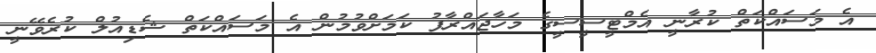
އެ މަސައްކަތް ކުރާނީ އެމްޓީސީސީގެ މަހާޖައްރާފު ކަމަށްވުމުން އެ މަސައްކަތް ޝެޑިއުލް ކުރެވޭނީ